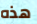
هذه